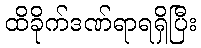
ထိခိုက်ဒဏ်ရာရရှိပြီး